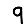
Digit: 9